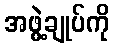
အဖွဲ့ချုပ်ကို